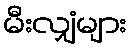
မီးလျှံများ